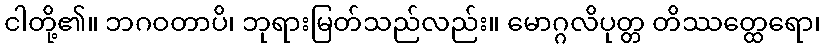
ငါတို့၏။ ဘဂဝတာပိ၊ ဘုရားမြတ်သည်လည်း။ မောဂ္ဂလိပုတ္တ တိဿတ္ထေရော၊